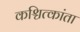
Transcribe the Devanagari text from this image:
कश्चित्कांता